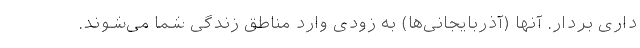
داری بردار. آنها (آذربایجانی‌ها) به زودی وارد مناطق زندگی شما می‌شوند.